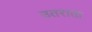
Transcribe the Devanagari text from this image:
उतराता